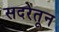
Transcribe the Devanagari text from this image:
सदरेतून